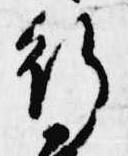
行